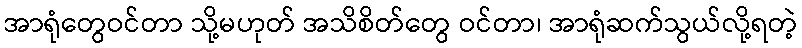
အာရုံတွေဝင်တာ သို့မဟုတ် အသိစိတ်တွေ ဝင်တာ၊ အာရုံဆက်သွယ်လို့ရတဲ့